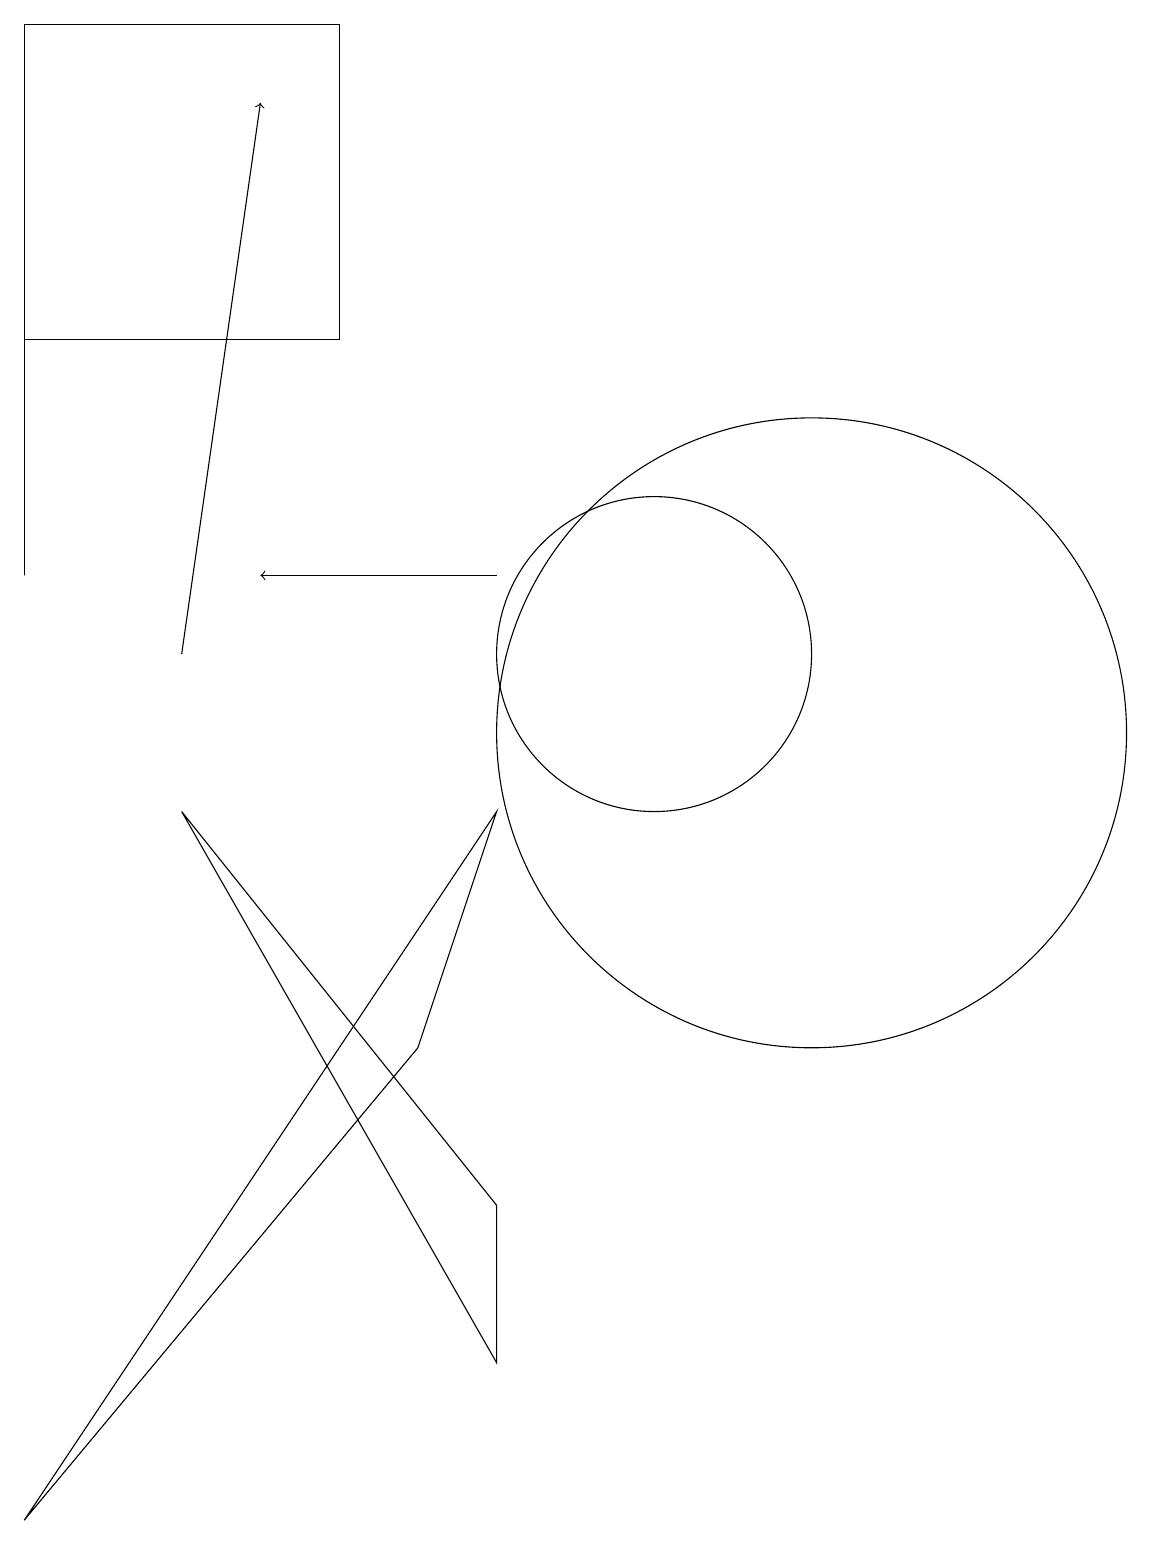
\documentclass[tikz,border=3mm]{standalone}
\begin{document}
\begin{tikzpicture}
\draw[->] (8,12) -- (5,12);
\draw (8,4) -- (4,9) -- (8,2) -- cycle;
\draw (12,10) circle (4);
\draw (7,6) -- (2,0) -- (8,9) -- cycle;
\draw[->] (4,11) -- (5,18);
\draw (6,19) rectangle (2,15);
\draw (2,18) rectangle (2,12);
\draw (10,11) circle (2);
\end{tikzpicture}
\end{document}